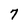
Character: 7